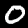
Label: 0